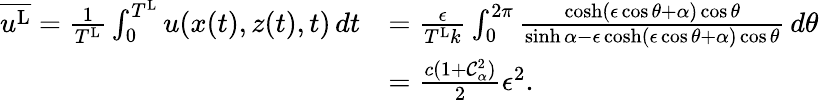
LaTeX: \begin{array}{rl}{\overline{{u^{\textnormal{L}}}}=\frac{1}{T^{\textnormal{L}}}\int_{0}^{T^{\textnormal{L}}}u(x(t),z(t),t)\, dt}&{=\frac{\epsilon}{T^{\textnormal{L}}k}\int_{0}^{2\pi}\frac{\cosh(\epsilon\cos\theta+{\alpha})\cos\theta}{\sinh{\alpha}-\epsilon\cosh(\epsilon\cos\theta+{\alpha})\cos\theta}\, d\theta}\\ &{=\frac{c(1+\mathcal{C}_{\alpha}^{2})}{2}\epsilon^{2}.}\end{array}